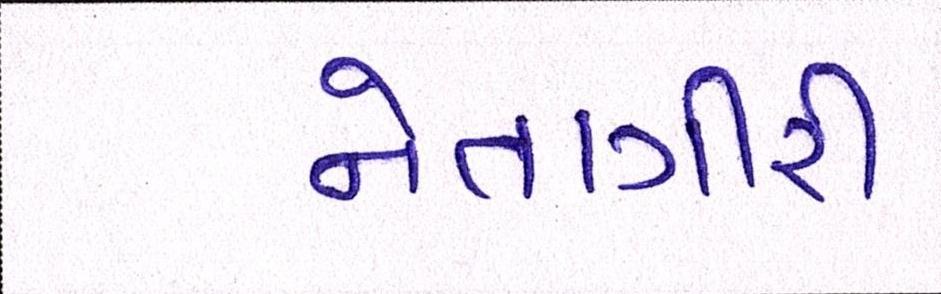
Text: નેતાગીરી